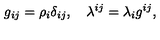
g _ { i j } = \rho _ { i } \delta _ { i j } , \quad \lambda ^ { i j } = \lambda _ { i } g ^ { i j } ,